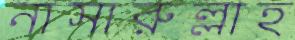
নাসারুল্লাহ